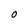
Character: 0